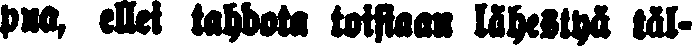
pua, ellei tosiaan lähestyä täl-